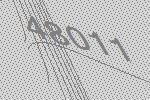
48011